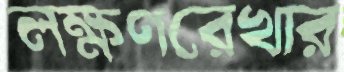
লক্ষণরেখার